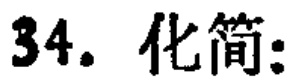
34. 化简：